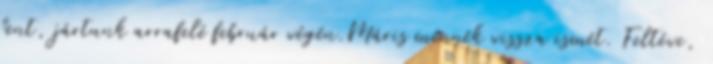
fent, jártunk arrafelé február végén.Máris mennék vissza ismét. Feltéve,